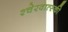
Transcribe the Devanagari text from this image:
श्चेरवात्स्की